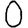
Digit: 0